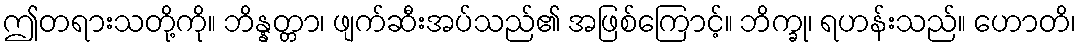
ဤတရားသတို့ကို။ ဘိန္နတ္တာ၊ ဖျက်ဆီးအပ်သည်၏ အဖြစ်ကြောင့်။ ဘိက္ခု၊ ရဟန်းသည်။ ဟောတိ၊